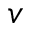
v